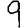
Digit: 9